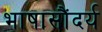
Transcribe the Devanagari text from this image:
भाषासौंदर्य